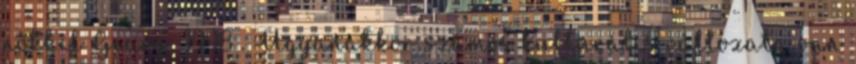
nőkkel Geary, 1998 . Ugyanakkor számos kulturális változata van